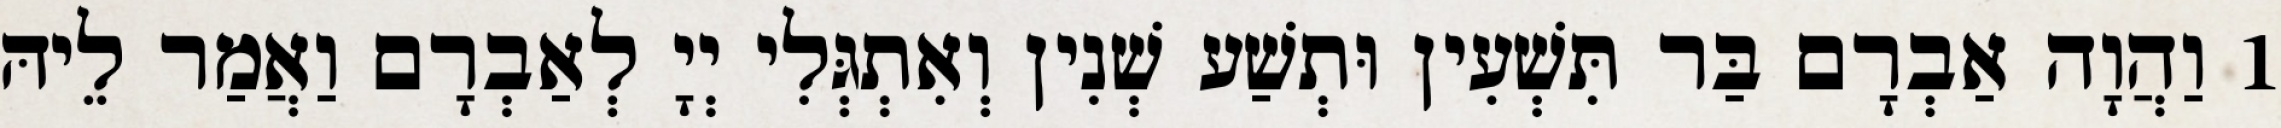
1 וַהֲוָה אַבְרָם בַּר תִּשְׁעִין וּתְשַׁע שְׁנִין וְאִתְגְּלִי יְיָ לְאַבְרָם וַאֲמַר לֵיהּ